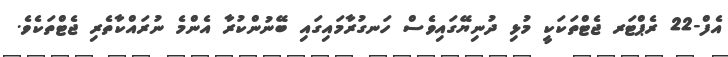
އެފް-22 ރެޕްޓަރ ޖެޓްތަކަކީ މުޅި ދުނިޔޭގައިވެސް ހަނގުރާމައިގައި ބޭނުންކުރާ އެންމެ ނުރައްކާތެރި ޖެޓްތަކެވެ.